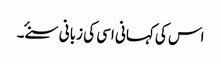
اس کی کہانی اسی کی زبانی سنۓ ۔